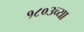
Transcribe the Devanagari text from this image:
१८०३च्या